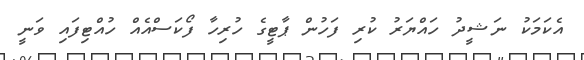
އެކަމަކު ނަޝީދު ހައްޔަރު ކުރި ފަހުން ޕާޓީގެ ހުރިހާ ފޯކަސްއެއް ހުއްޓިފައި ވަނީ